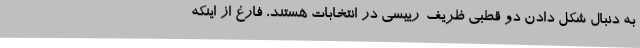
به دنبال شکل دادن دو قطبی ظریف-رییسی در انتخابات هستند، فارغ از اینکه